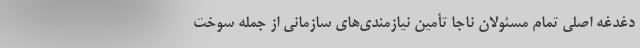
دغدغه اصلی تمام مسئولان ناجا تأمین نیازمندی‌های سازمانی از جمله سوخت